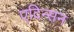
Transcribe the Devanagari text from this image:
एदिन्सन